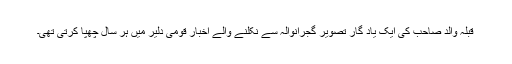
قبلہ والد صاحب کی ایک یاد گار تصویر گجرانوالہ سے نکلنے والے اخبار قومی دلیر میں ہر سال چھپا کرتی تھی۔